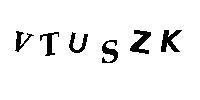
VTUSZK